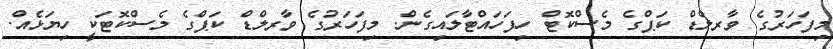
މިފަހަރުގެ ވާރލްޑް ކަޕްގެ މެސްކޮޓް ހިފަހައްޓާލައިގެން. މިފަހަރުގެ ވާރލްޑް ކަޕްގެ މެސްކޮޓަކީ ހިޔަޅެއް.